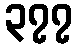
၃၇၇